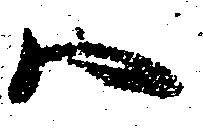
ハ